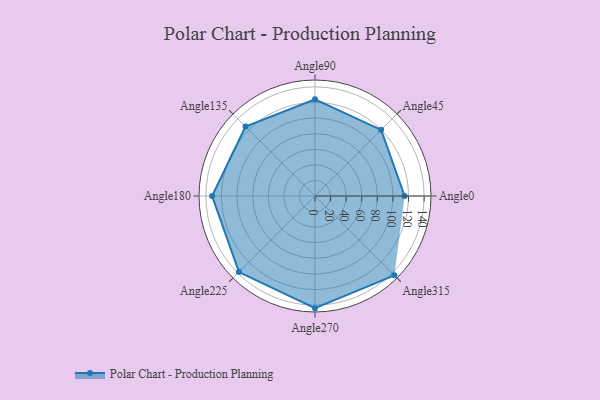
{"axis": {"x": "Angle", "y": "Radius"}, "legend": [""], "data": [{"x": "Angle0", "y": 115.0, "type": ""}, {"x": "Angle45", "y": 120.0, "type": ""}, {"x": "Angle90", "y": 124.0, "type": ""}, {"x": "Angle135", "y": 126.0, "type": ""}, {"x": "Angle180", "y": 132.0, "type": ""}, {"x": "Angle225", "y": 138.0, "type": ""}, {"x": "Angle270", "y": 144.0, "type": ""}, {"x": "Angle315", "y": 144.0, "type": ""}]}